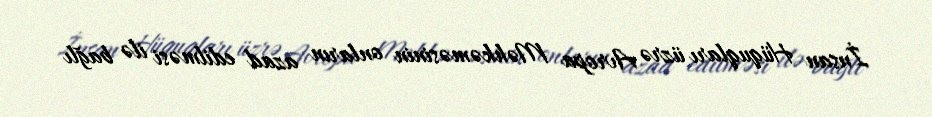
İnsan Hüquqları üzrə Avropa Məhkəməsinin onların azad edilməsi ilə bağlı